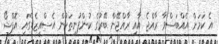
އެ ކަމަށް އެއްބަސްވާ ރާއްޖެ އާއި ރާއްޖޭން ބޭރުގެ ކުންފުނިތަކުން އެސްއީޒެޑްގައި އޮފްޝޯ